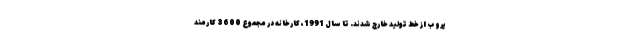
پروب از خط تولید خارج شدند. تا سال 1991، کارخانه در مجموع 3600 کارمند